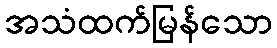
အသံထက်မြန်သော